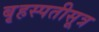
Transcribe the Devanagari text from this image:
बृहस्पतीसूत्र